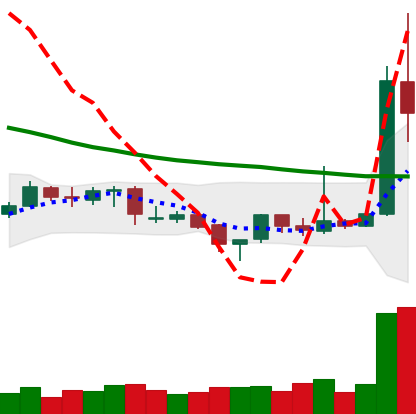
Ticker: XRP-USD
Chart end date: 2019-04-03
Forward return: 4.675%
Label: up_3_5